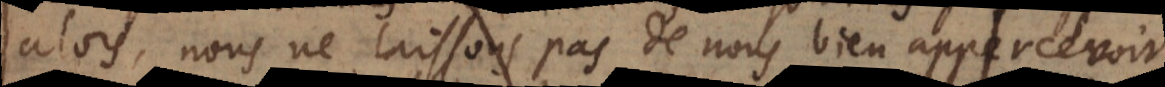
alors, nous ne laissons pas de nous bien appercevoir